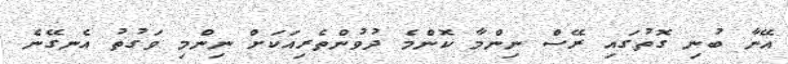
އޭނާ ބުނި ގޮތުގައި ރޭސް ނިންމާ ކޮންމެ ދުވުންތެރިއަކަށް ނިންމި ވަގުތު އެނގޭނެ